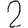
Digit: 2